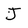
Character: J